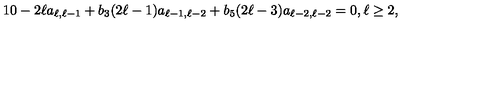
1 0 - 2 \ell a _ { \ell , \ell - 1 } + b _ { 3 } ( 2 \ell - 1 ) a _ { \ell - 1 , \ell - 2 } + b _ { 5 } ( 2 \ell - 3 ) a _ { \ell - 2 , \ell - 2 } = 0 , \ell \geq 2 ,